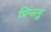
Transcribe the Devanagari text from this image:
प्रिन्स्लू